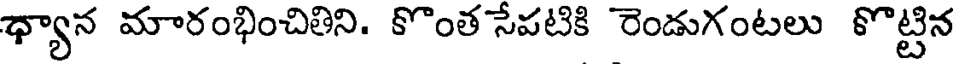
ధ్యాన మారంభించితిని. కొంత సేపటికి రెండుగంటలు కొట్టిన